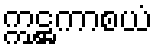
ဣဋ္ဌကာစယံ